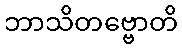
ဘာသိတဗ္ဗောတိ